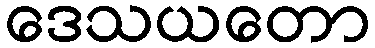
ဒေသယတော